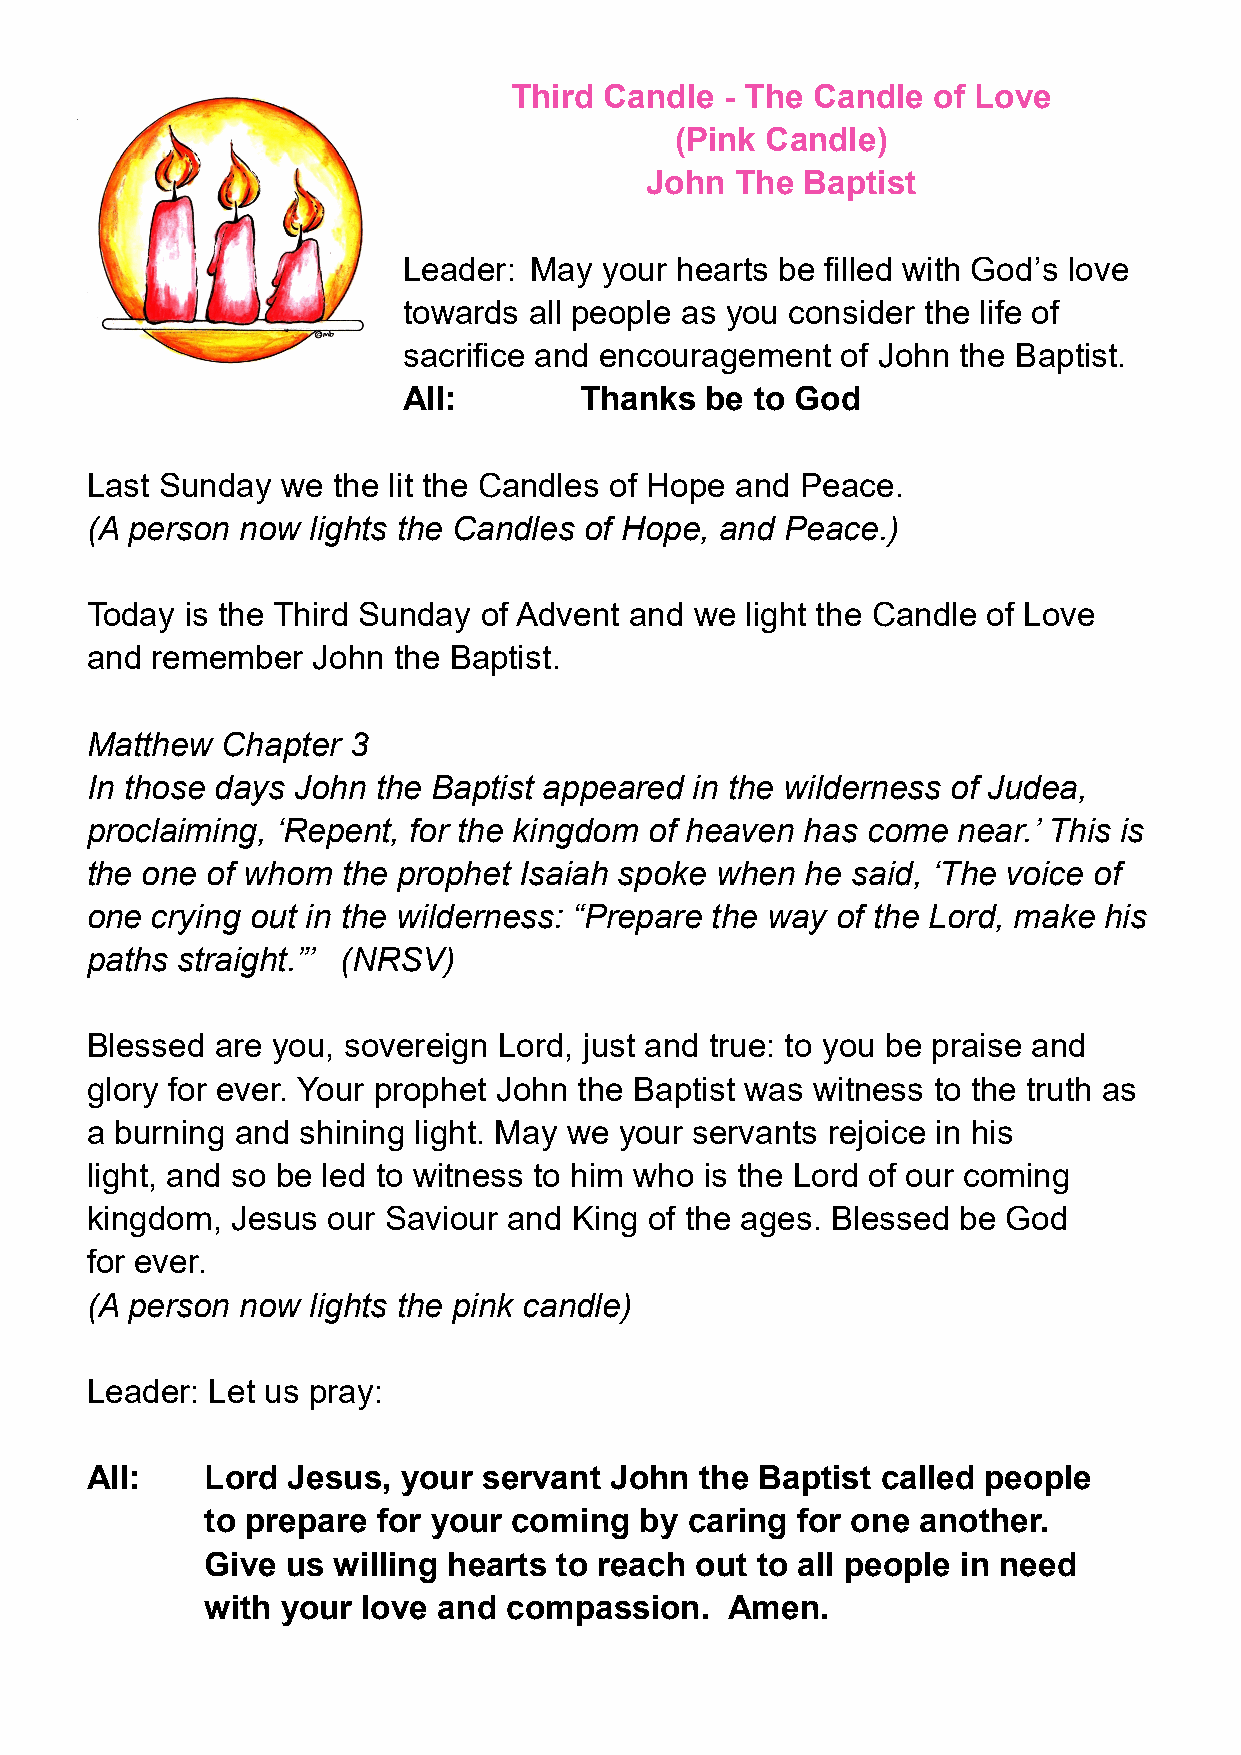
Third Candle  - The Candle  of Love
 (Pink Candle)
 John  The Baptist
 Leader: May  your hearts be filled with God’s love
 towards all people as you consider the life of
 sacrifice and encouragement  of John the Baptist.
 All:       Thanks   be to God
 Last Sunday  we the lit the Candles of Hope and Peace.
 (A person now lights the Candles of Hope, and Peace.)
 Today is the Third Sunday of Advent and we light the Candle of Love
 and remember   John the Baptist.
 Matthew  Chapter 3
 In those days John the Baptist appeared in the wilderness of Judea,
 proclaiming, ‘Repent, for the kingdom of heaven has come near.’ This is
 the one of whom  the prophet Isaiah spoke when he said, ‘The voice of
 one crying out in the wilderness: “Prepare the way of the Lord, make his
 paths straight.”’ (NRSV)
 Blessed are you, sovereign Lord, just and true: to you be praise and
 glory for ever. Your prophet John the Baptist was witness to the truth as
 a burning and shining light. May we your servants rejoice in his
 light, and so be led to witness to him who is the Lord of our coming
 kingdom, Jesus  our Saviour and King of the ages. Blessed be God
 for ever.
 (A person now lights the pink candle)
 Leader: Let us pray:
 All:    Lord Jesus,  your servant John  the Baptist called people
 to prepare for your coming  by  caring for one another.
 Give us willing hearts to reach out to all people in need
 with your love and compassion.    Amen.